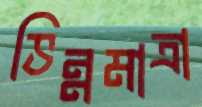
ভিন্নমাত্রা